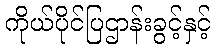
ကိုယ်ပိုင်ပြဌာန်းခွင့်နှင့်